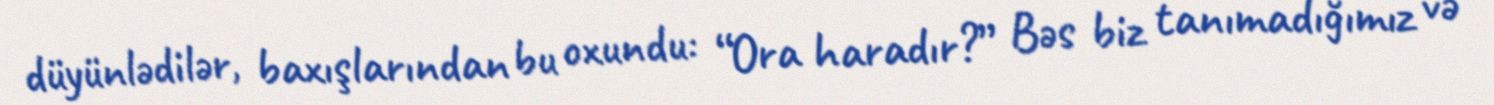
düyünlədilər, baxışlarından bu oxundu: “Ora haradır?” Bəs biz tanımadığımız və